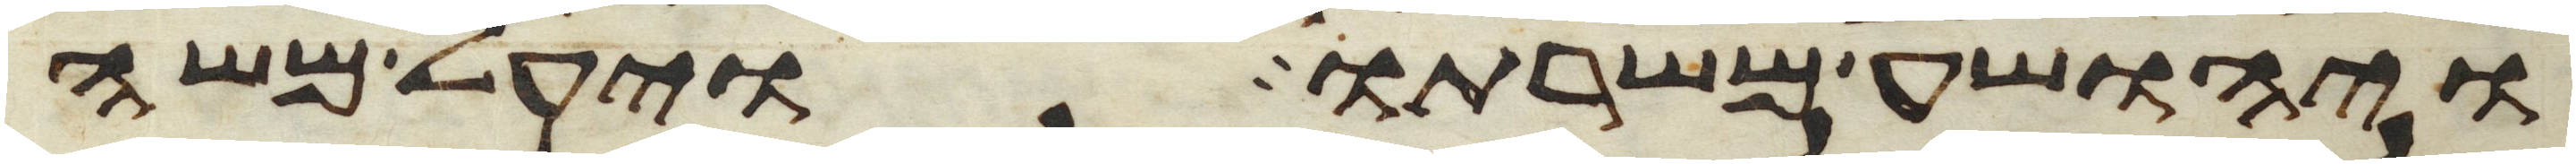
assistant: ויהושע משרתו ויעל משה